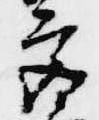
宮